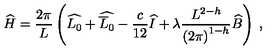
\widehat { H } = \displaystyle \frac { 2 \pi } { L } \left( \widehat { L _ { 0 } } + \widehat { \overline { { L } } _ { 0 } } - \displaystyle \frac { c } { 1 2 } \widehat { I } + \lambda \displaystyle \frac { L ^ { 2 - h } } { \left( 2 \pi \right) ^ { 1 - h } } \widehat { B } \right) \: ,